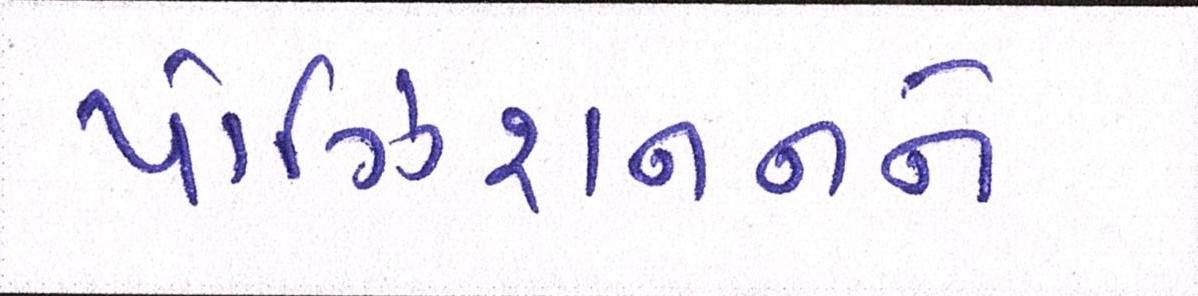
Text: પોઝિશનનને